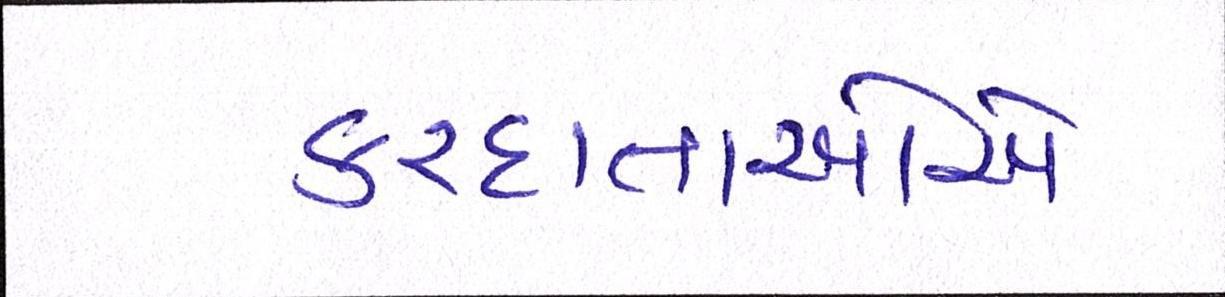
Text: કરદાતાઓએ